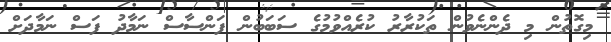
މިގޮތުން މި ދެންނެވުން ތަކުރާރު ކުރެއްވުމުގެ ސަބަބުން ފަންސާސް ނަމާދު ފަސް ނަމާދަށް